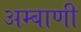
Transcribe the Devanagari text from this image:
अम्बाणी